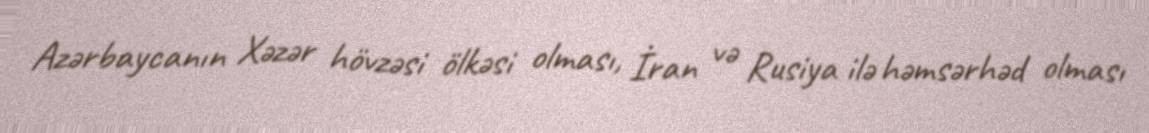
Azərbaycanın Xəzər hövzəsi ölkəsi olması, İran və Rusiya ilə həmsərhəd olması